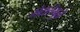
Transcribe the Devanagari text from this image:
भेद्यतेमुळे